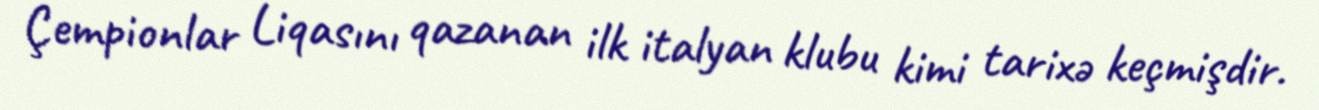
Çempionlar Liqasını qazanan ilk italyan klubu kimi tarixə keçmişdir.